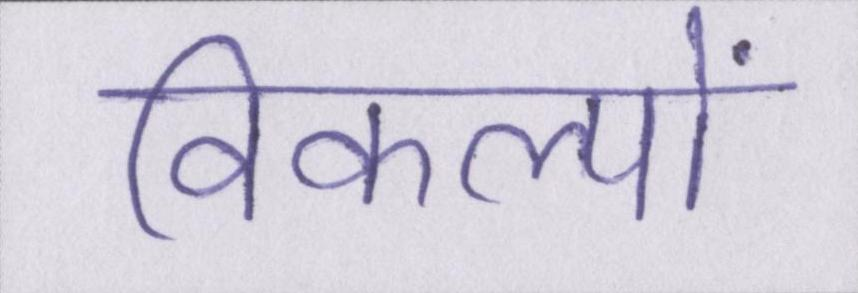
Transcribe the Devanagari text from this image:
विकल्पों